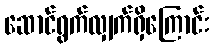
ဆောင်ရွက်လျှက်ရှိကြောင်း